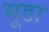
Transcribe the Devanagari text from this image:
भूडा